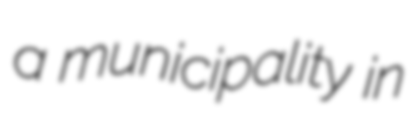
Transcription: a municipality in